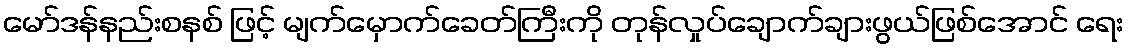
မော်ဒန်နည်းစနစ် ဖြင့် မျက်မှောက်ခေတ်ကြီးကို တုန်လှုပ်ချောက်ချားဖွယ်ဖြစ်အောင် ရေး